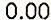
0.00